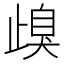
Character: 㱗